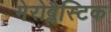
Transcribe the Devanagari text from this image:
मेरोब्लैस्टिक